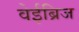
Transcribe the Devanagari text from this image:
वेईब्रिज